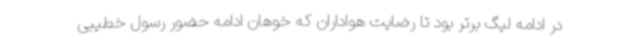
در ادامه لیگ برتر بود تا رضایت هواداران که خوهان ادامه حضور رسول خطیبی